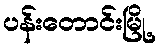
ပန်းတောင်းမြို့